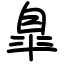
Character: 臯